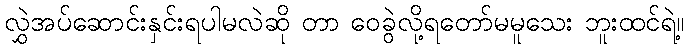
လွှဲအပ်ဆောင်းနှင်းရပါမလဲဆို တာ ဝေခွဲလို့ရတော်မမူသေး ဘူးထင်ရဲ့။